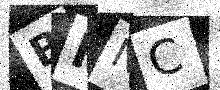
Text: BMNC